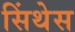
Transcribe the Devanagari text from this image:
सिंथेस